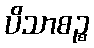
ပိသာစဉ္စ